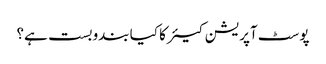
پوسٹ آپریشن کیئر کا کیا بندوبست ہے؟